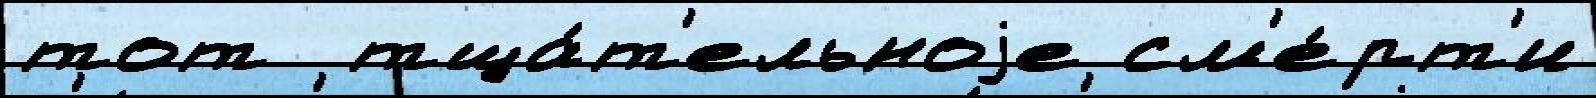
тот  тща́т'ельноjе см'е́рт'и